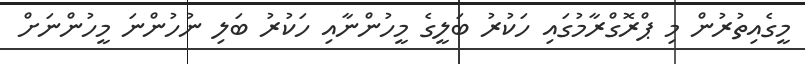
މީގެއިތުރުން މި ޕްރޮގްރާމުގައި ހަކުރު ބަލީގެ މީހުންނާއި ހަކުރު ބަލި ނުހުންނަ މީހުންނަށް